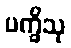
ပက္ခိသု